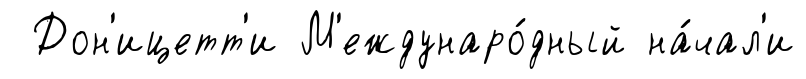
Дон'ицетт'и М'еждунаро́дный на́чал'и